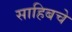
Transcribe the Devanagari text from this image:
साहिबचे